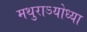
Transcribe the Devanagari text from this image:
मथुराऽयोध्या